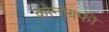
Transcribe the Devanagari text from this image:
क्रोनोग्रफी